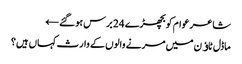
شاعر عوام کو بچھڑے 24 برس ہوگئے ←
ماڈل ٹاﺅن میں مرنے والوں کے وارث کہاں ہیں؟